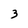
Character: 3